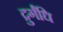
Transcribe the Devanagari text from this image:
द्रुर्गंधि